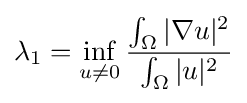
\lambda _{1}=\inf _{u\not =0}{\frac {\int _{\Omega }|\nabla u|^{2}}{\int _{\Omega }|u|^{2}}}